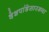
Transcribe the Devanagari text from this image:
देशपांडेसारख्या